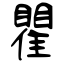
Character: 瞿